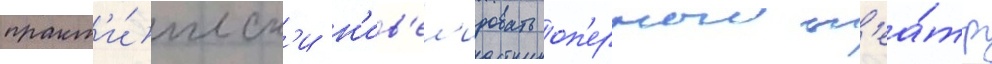
практ'и́ческ'и н'ив'ел'ировать оп'ерныи т'еа́тр